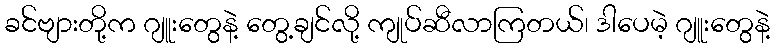
ခင်ဗျားတို့က ဂျူးတွေနဲ့ တွေ့ချင်လို့ ကျုပ်ဆီလာကြတယ်၊ ဒါပေမဲ့ ဂျူးတွေနဲ့